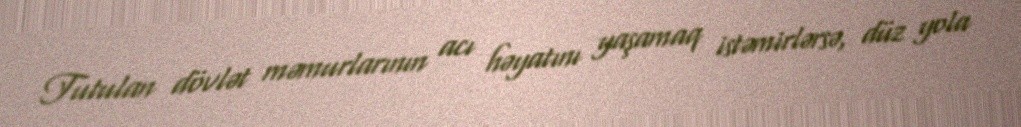
Tutulan dövlət məmurlarının acı həyatını yaşamaq istəmirlərsə, düz yola